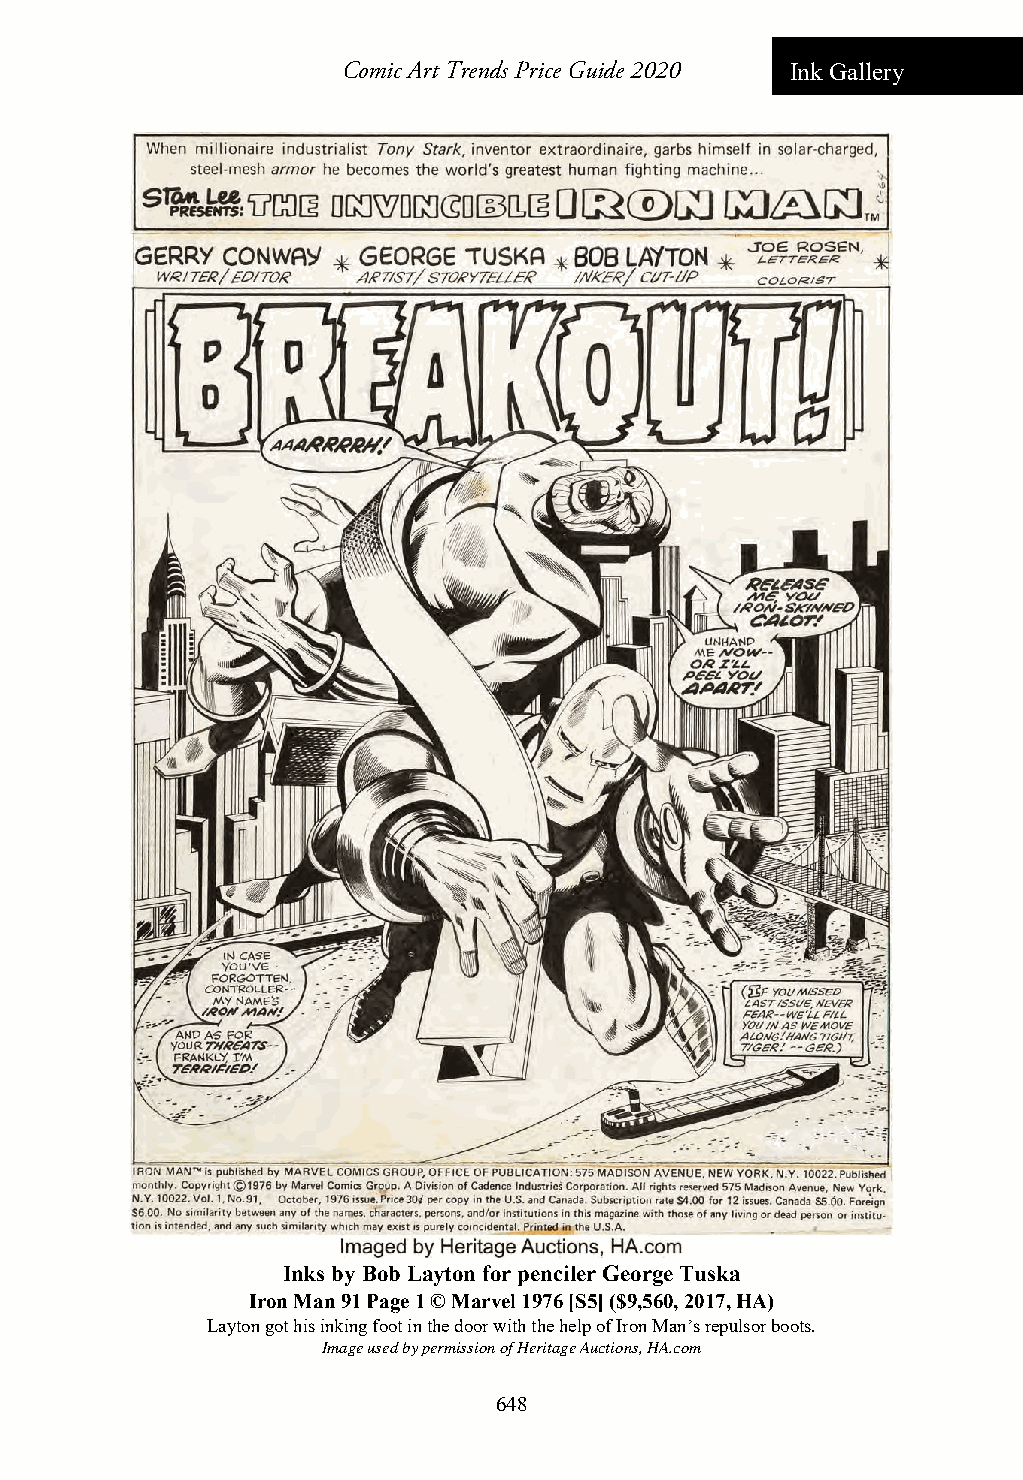
Comic Art Trends Price Guide 2020 Ink Gallery
 Inks by Bob Layton for penciler George Tuska
 Iron Man 91 Page 1 © Marvel 1976 [S5] ($9,560, 2017, HA)
 Layton got his inking foot in the door with the help of Iron Man’s repulsor boots.
 Image used by permission of Heritage Auctions, HA.com
 648